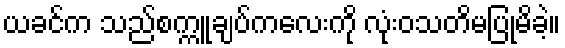
ယခင်က သည်စက္ကူချပ်ကလေးကို လုံးဝသတိမပြုမိခဲ့။